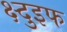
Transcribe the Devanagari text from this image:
क्ष्दुइफ